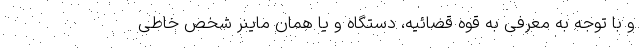
و با توجه به معرفی به قوه قضائیه، دستگاه و یا همان ماینر شخص خاطی